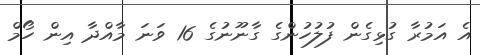
އެ އަމުރާ ގުޅިގެން ފުލުހުންގެ ގާނޫނުގެ 16 ވަނަ މާއްދާ އިން ހޯމް